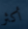
أكثر